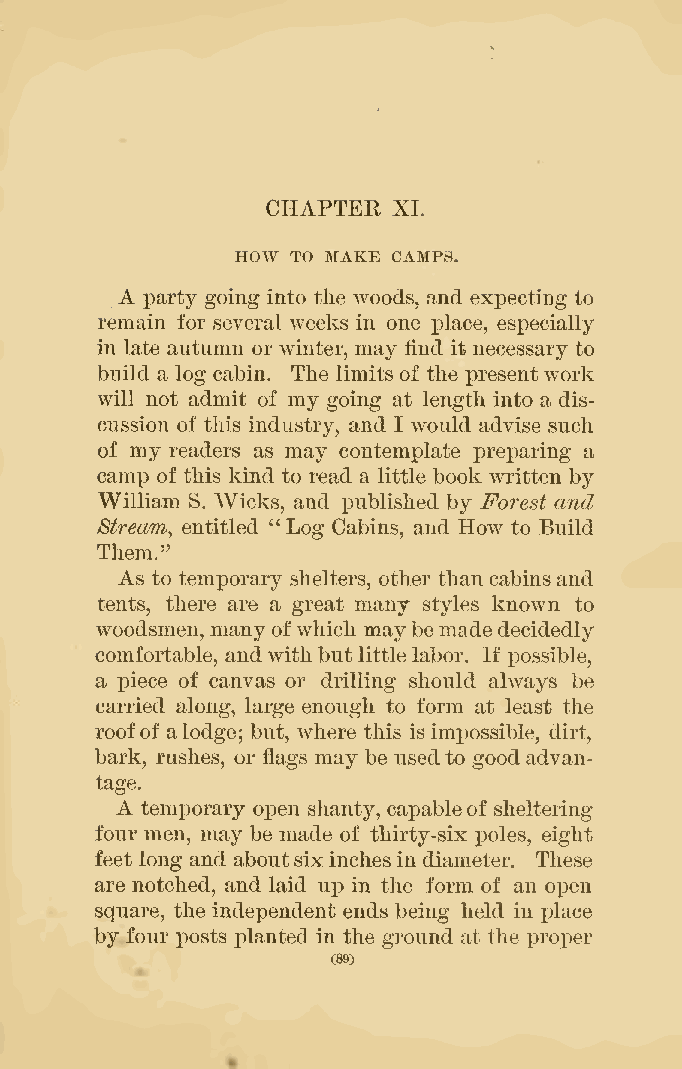
CHAPTER XL
 HOW TO MAKE CAMPS.
 A
 party going into the woods, and expecting to
 remain for several weeks in one place, especially
 in late autumn or winter, may find it necessary to
 build a log cabin. The limits of the presentwork
 will not admit of my going at length into a dis-
 cussion of this industry, and I would advise such
 of my readers as may contemplate preparing a
 camp of this kind to read a little book written by
 William S. Wicks, and published by Forest and
 Stream, entitled "Log Cabins, and How to Build
 Them."
 As to temporary shelters, other thancabinsand
 tents, there are a great many styles known to
 woodsmen, many ofwhich maybemadedecidedly
 comfortable, andwithbutlittlelabor. If possible,
 a piece of canvas or drilling should always be
 carried along, large enough to form at least the
 roofof alodge; but, where this is impossible, dirt,
 bark, rushes, or flags may be usedto goodadvan-
 tage.
 A
 temporary open shanty, capableof sheltering
 four men, may be made of thirty-six poles, eight
 feet long and aboutsixinchesin diameter. These
 are notched, and laid up in the form of an open
 square, the independent ends being held in place
 by four posts planted in the ground at the proper
 (89)